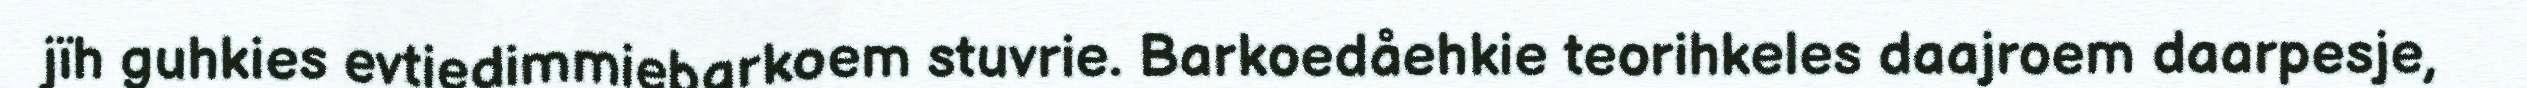
jïh guhkies evtiedimmiebarkoem stuvrie. Barkoedåehkie teorihkeles daajroem daarpesje,